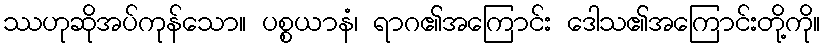
ဿဟုဆိုအပ်ကုန်သော။ ပစ္စယာနံ၊ ရာဂ၏အကြောင်း ဒေါသ၏အကြောင်းတို့ကို။